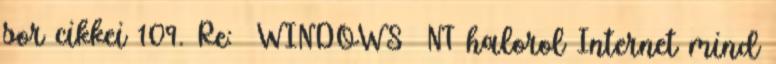
sor cikkei 109. Re: WINDOWS NT halorol Internet mind